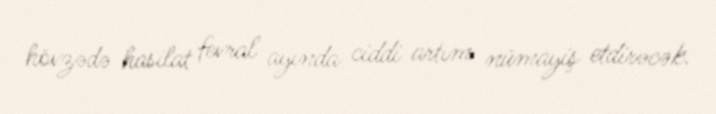
hövzədə hasilat fevral ayında ciddi artım nümayiş etdirəcək.